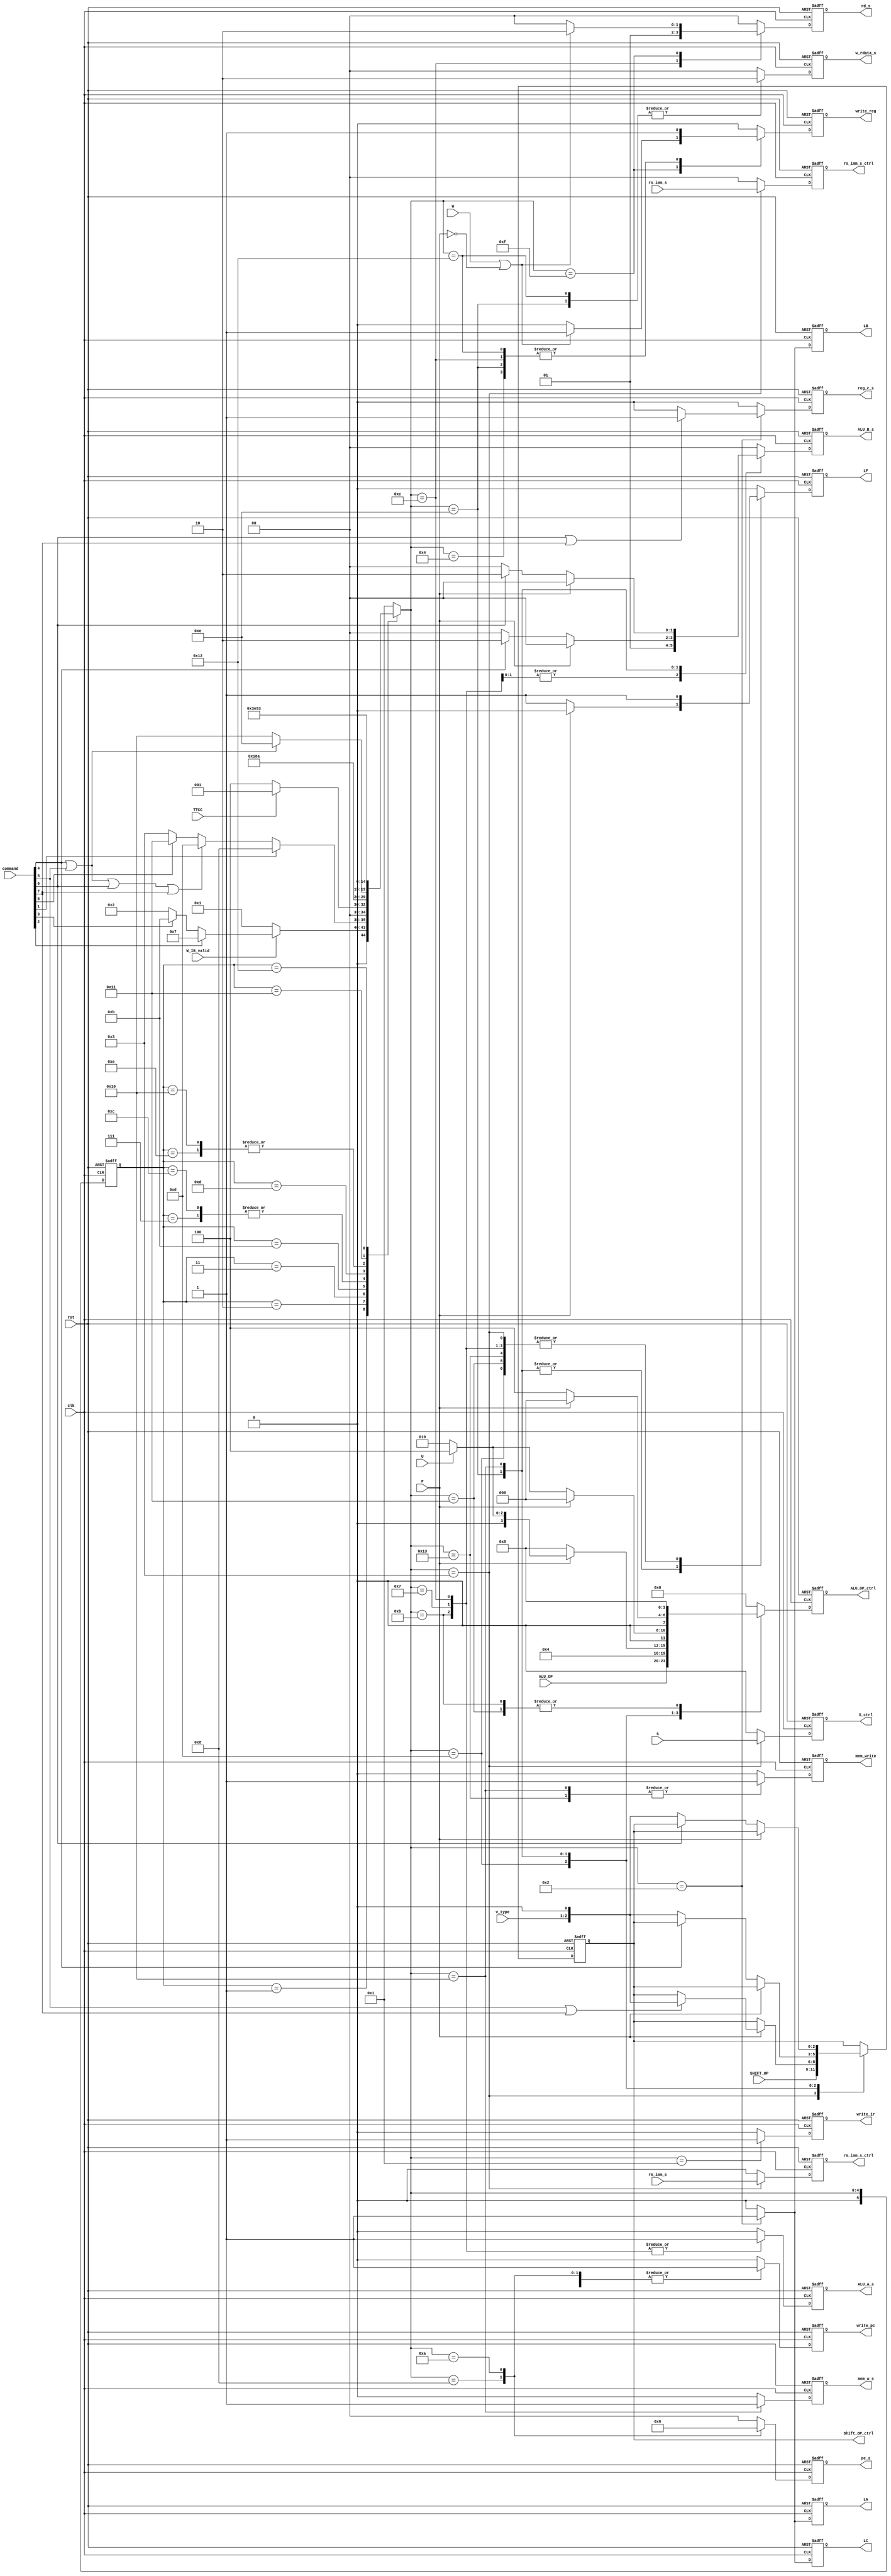
`timescale 1ns / 1ps

module FSM(input clk,
           input rst,
           input W_IR_valid,
           input rm_imm_s,                //shift_barrel
           input [1:0]rs_imm_s,
           input [2:0]SHIFT_OP,
           input [3:0]ALU_OP,
           input S,
           input P,
           input U,
           input W,
           input [1:0]v_type,
           input [63:0] command,
           input TTCC,
           output reg write_pc,
           output reg write_ir,
           output reg write_reg,
           output reg LA,
           output reg LB,
           output reg LC,
           output reg LF,
           output reg [1:0] pc_s, //add
           output reg ALU_A_s, // add
           output reg [1:0]ALU_B_s, // modify
           output reg [1:0]rd_s, // modify
           output reg reg_c_s, // add
           output reg mem_w_s, // add
           output reg mem_write,
           output reg [1:0]w_rdata_s, // add
           output reg S_ctrl,
           output reg rm_imm_s_ctrl,
           output reg [1:0]rs_imm_s_ctrl,
           output reg [2:0]Shift_OP_ctrl,
           output reg [3:0]ALU_OP_ctrl
            );
    
    reg [5:0]ST,Next_ST;
    localparam Idle = 6'b0;
    localparam S0   = 6'b1;
    localparam S1   = 6'd2;
    localparam S2   = 6'd3;
    localparam S3   = 6'd4;
    localparam S7   = 6'd8;
    localparam S8   = 6'd7;
    localparam S9   = 6'd10;
    localparam S10  = 6'd11;
    localparam S11  = 6'd12;
    localparam S12  = 6'd13;
    localparam S13  = 6'd14;
    localparam S14  = 6'd15;
    localparam S15  = 6'd16;
    localparam S16 = 6'd17;
    localparam S17 = 6'd18;
    localparam S18 = 6'd19;

    //set 6 bit for commands
    localparam DP   = 6'd0;
    localparam BX   = 6'd1;
    localparam B    = 6'd2;
    localparam BL   = 6'd3;
    localparam LDR0 = 6'd4;
    localparam LDR1 = 6'd5;
    localparam STR0 = 6'd6;
    localparam STR1 = 6'd7;
    localparam SWP  = 6'd8;

    always @(posedge clk or posedge rst) begin
        if (rst)
            ST <= Idle;
        else
            ST <= Next_ST;
    end

//    always @(ST or command) begin
    always @(clk or command) begin
        case (ST)
            Idle:Next_ST = S0;
            S0:begin
                if(W_IR_valid)
                    if(command[B])
                        Next_ST = S8;
                    else
                        if(command[BL])
                            Next_ST = S10;
                        else
                            Next_ST = S1;
                else
                    Next_ST = S0; //
            end
            S1:begin
                if(command[BX])
                    Next_ST = S7;
                else
                    if(command[LDR0] || command[LDR1] || command[STR0] || command[STR1])
                        Next_ST = S12;
                    else
                        if(command[SWP])
                            Next_ST = S16;
                        else Next_ST = S2;
            end
            S2:begin
                if(TTCC)
                    Next_ST = S0;
                else
                    Next_ST = S3; // TTCC == 1 not write reg
            end
            S3:Next_ST = S0;

            S7:Next_ST = S0;
            S8:Next_ST = S9;
            S9:Next_ST = S0;
            S10:Next_ST = S11;
            S11:Next_ST = S9;
            S12:begin
                if(command[LDR0] || command[LDR1])
                    Next_ST = S13;
                else
                    Next_ST = S15;
            end
            S13:Next_ST = S14;
            S15:Next_ST = S14;
            S14:Next_ST = S0;
            S16:Next_ST = S17;
            S17:Next_ST = S18;
            S18:Next_ST = S0;
            default:Next_ST = S0;
        endcase
    end
    
    //?
    always @(posedge clk or posedge rst) begin
        write_pc <= 1'b0;
        write_ir <= 1'b0;
        write_reg   <= 1'b0;
        ALU_OP_ctrl <= 0;
        LA      <= 1'b0;
        LB      <= 1'b0;
        LC      <= 1'b0;
        LF      <= 1'b0;
        S_ctrl  <= 1'b0;
        ALU_A_s       <= 0;
        ALU_B_s       <= 0;
        pc_s          <= 0;
        rd_s          <= 0;
        rm_imm_s_ctrl <= 0;
        rs_imm_s_ctrl <= 0;
        reg_c_s       <= 0;
        mem_w_s       <= 0;
        mem_write     <= 0;
        w_rdata_s     <= 0;
        if (rst)begin
            write_pc <= 1'b0;
            write_ir <= 1'b0;
            write_reg   <= 1'b0;
            LA      <= 1'b0;
            LB      <= 1'b0;
            LC      <= 1'b0;
            LF      <= 1'b0;
            S_ctrl  <= 1'b0;
            rm_imm_s_ctrl <= 1'b0;
            rs_imm_s_ctrl <= 2'b0;
            Shift_OP_ctrl <= 3'b0;
            ALU_OP_ctrl <= 4'b0;
        end
        else begin
            case (Next_ST)
                S0:begin
                    write_pc <= 1'b1;
                    write_ir <= 1'b1; //W_IR_valid??/
                    pc_s <= 2'b0; // ?,PC
                end
                S1:begin
                    LA <= 1'b1; //ABC?
                    LB <= 1'b1;
                    LC <= 1'b1;
                    if(command[STR0] || command[STR1])begin
                        reg_c_s <= 1'b1;
                    end
                end
                S2:begin
                    LF            <= 1'b1; //
                    rm_imm_s_ctrl <= rm_imm_s;
                    rs_imm_s_ctrl <= rs_imm_s;
                    Shift_OP_ctrl <= SHIFT_OP;
                    ALU_OP_ctrl   <= ALU_OP;
                    S_ctrl        <= S;
                end
                S3:begin
                    write_reg <= 1'b1; // 
                end
                S7:begin
                    write_pc <= 1'b1; //BPCBX
                    pc_s <= 2'b01;
                end
                S8:begin // BPC+ext(imm24)->PC F?
                    ALU_A_s <= 1'b1;
                    ALU_B_s <= 2'b01;
                    ALU_OP_ctrl <= 4'b0100;
                    S_ctrl <= 1'b0;
                    LF <= 1'b1;
                end
                S9:begin //FPC?S8
                    write_pc <= 1'b1;
                    pc_s <= 2'b10;
                end
                S10:begin // BF PCF
                    ALU_A_s <= 1'b1;
                    ALU_OP_ctrl <= 4'b1000;
                    S_ctrl <= 1'b0;
                    LF <= 1'b1;
                end
                S11:begin // ? F->R14, PC+ext(imm24) -> F,S9PC 
                    ALU_A_s <= 1'b1;
                    ALU_B_s <= 2'b01;
                    ALU_OP_ctrl <= 4'b0100;
                    S_ctrl <= 1'b0;
                    LF <= 1'b1;
                    rd_s <= 2'b01; // ??
                    write_reg <= 1'b1; 
                end
                S12:begin // A -> F or A +- offset -> F
                    ALU_A_s <= 0;
                    S_ctrl <= 0;
                    LF <= 1'b1;
                    if(P == 0)begin
                        ALU_OP_ctrl <= 4'b1000;
                    end
                    else begin
                        ALU_B_s <= 2'b00;
                        ALU_OP_ctrl <= U?4'b0100:4'b0010;
                        if(command[LDR1] || command[STR1])begin
                            Shift_OP_ctrl <= {v_type,1'b0};
                            rm_imm_s_ctrl <= 0;
                            rs_imm_s_ctrl <= 0;
                        end
                    end
                end
                S13:begin //LDR
                    if(P == 0)begin
                        ALU_A_s <= 0;
                        ALU_OP_ctrl <= U?4'b0100:4'b0010;
                        S_ctrl <= 0;
                        LF <= 1'b1;
                        w_rdata_s <= 2'b10;
                        rd_s <= 2'b00;
                        write_reg <= 1'b1;
                        if(command[LDR0])begin
                            ALU_B_s <= 2'b10;
                        end
                        else begin
                            rm_imm_s_ctrl <= 0;
                            rs_imm_s_ctrl <= 0;
                            Shift_OP_ctrl <= {v_type,1'b0};
                            ALU_B_s <= 2'b0;
                        end
                    end
                    else begin
                        w_rdata_s <= 2'b10;
                        rd_s <= 2'b00;
                        write_reg <= 1'b1;
                    end
                end
                S14:begin
                    if(W == 1 || P == 0)begin
                        w_rdata_s <= 2'b00;
                        rd_s <= 2'b10;
                        write_reg <= 1'b1;
                    end
                end
                S15:begin // STR
                    if(P == 0)begin
                        ALU_A_s <= 0;
                        ALU_OP_ctrl <= 4'b0100;
                        S_ctrl <= 0;
                        LF <= 1;
                        mem_w_s <= 1;
                        mem_write <= 1;
                        if(command[STR0])begin
                            ALU_B_s <= 2'b10;
                        end
                        else begin
                            ALU_B_s <= 2'b00;
                            rm_imm_s_ctrl <= 0;
                            rs_imm_s_ctrl <= 0;
                            Shift_OP_ctrl <= {v_type,1'b0};
                        end
                    end
                    else begin
                        mem_w_s <= 1;
                        mem_write <= 1;
                    end
                end
                S16:begin // A -> F
                    ALU_A_s <= 0;
                    S_ctrl <= 0;
                    LF <= 1'b1;
                    ALU_OP_ctrl <= 4'b1000;
                end
                S17:begin //mem[F] -> Reg[rd]
                    w_rdata_s <= 2'b10;
                    rd_s <= 2'b00;
                    write_reg <= 1'b1;
                end
                S18:begin // B -> mem[F]
                    ALU_B_s <= 0;
                    S_ctrl <= 0;
                    LF <= 1;
                    mem_w_s <= 0;
                    mem_write <= 1;
                end
                default: begin
                end
            endcase
        end
    end
endmodule